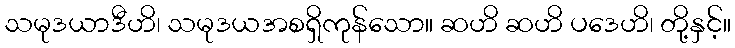
သမုဒယာဒီဟိ၊ သမုဒယအစရှိကုန်သော။ ဆဟိ ဆဟိ ပဒေဟိ၊ တို့နှင့်။